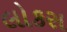
લોકસ